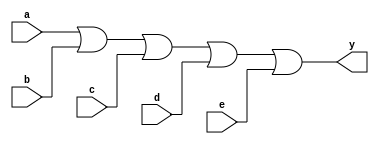
module xup_or5 #(parameter DELAY = 3)(
    input a,
    input b,
    input c,
    input d,
    input e,
    output y
    );
    
    or #DELAY (y,a,b,c,d,e);
    
endmodule